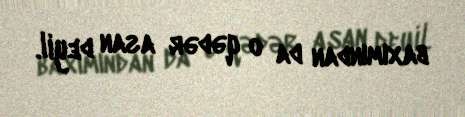
baxımından da o qədər asan deyil.